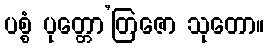
ပစ္စံ ပုတ္တော’တြဇော သုတော။